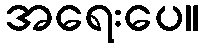
အရေးပေ။